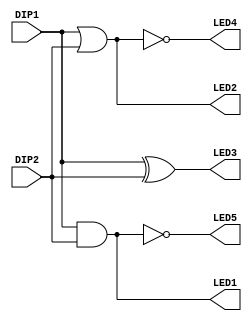
`timescale 1ns / 1ps
//////////////////////////////////////////////////////////////////////////////////
// Company: 
// Engineer: 
// 
// Design Name: 
// Module Name: pre01
// Project Name: 
// Target Devices: 
// Tool Versions: 
// Description: 
// 
// Dependencies: 
// 
// Revision:
// Revision 0.01 - File Created
// Additional Comments:
// 
//////////////////////////////////////////////////////////////////////////////////
//

module pre01(
    input DIP1, // DIP switch 1
    input DIP2, // DIP switch 2

    
    output LED1, // LED 1
    output LED2, // LED 2
    output LED3, // LED 3
    output LED4, // LED 4
    output LED5  // LED 5
    );

assign LED1 = DIP1 & DIP2; // AND gate
assign LED2 = DIP1 | DIP2; // OR gate
assign LED3 = DIP1 ^ DIP2; // XOR gate

assign LED4 = ~(DIP1 | DIP2); // NOR gate
assign LED5 = ~(DIP1 & DIP2); // NAND gate

endmodule